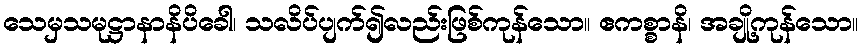
သေမှသမုဋ္ဌာနာနိပိခေါ၊ သလိပ်ပျက်၍လည်းဖြစ်ကုန်သော။ ဧကစ္စာနိ၊ အချို့ကုန်သော။